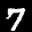
Label: 7